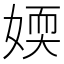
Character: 媆